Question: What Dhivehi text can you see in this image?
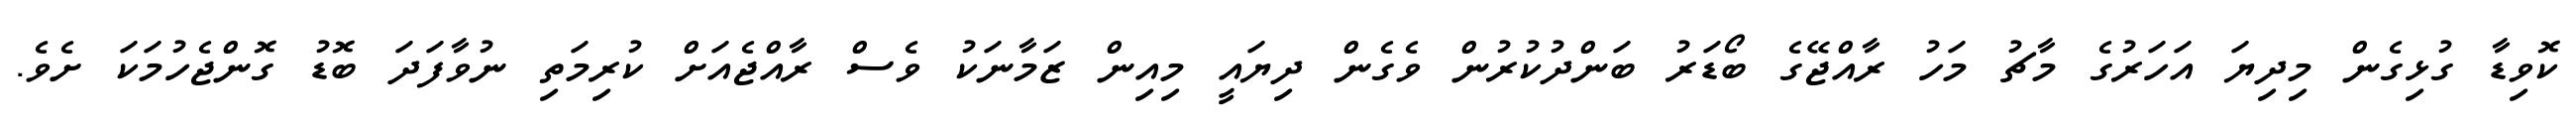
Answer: ކޮވިޑާ ގުޅިގެން މިދިޔަ އަހަރުގެ މާޗު މަހު ރާއްޖޭގެ ބޯޑަރު ބަންދުކުރުން ވެގެން ދިޔައީ މިއިން ޒަމާނަކު ވެސް ރާއްޖެއަށް ކުރިމަތި ނުވާފަދަ ބޮޑު ގޮންޖެހުމަކަ ށެވެ.